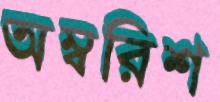
অম্বরিশ